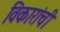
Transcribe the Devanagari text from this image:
विकारांची